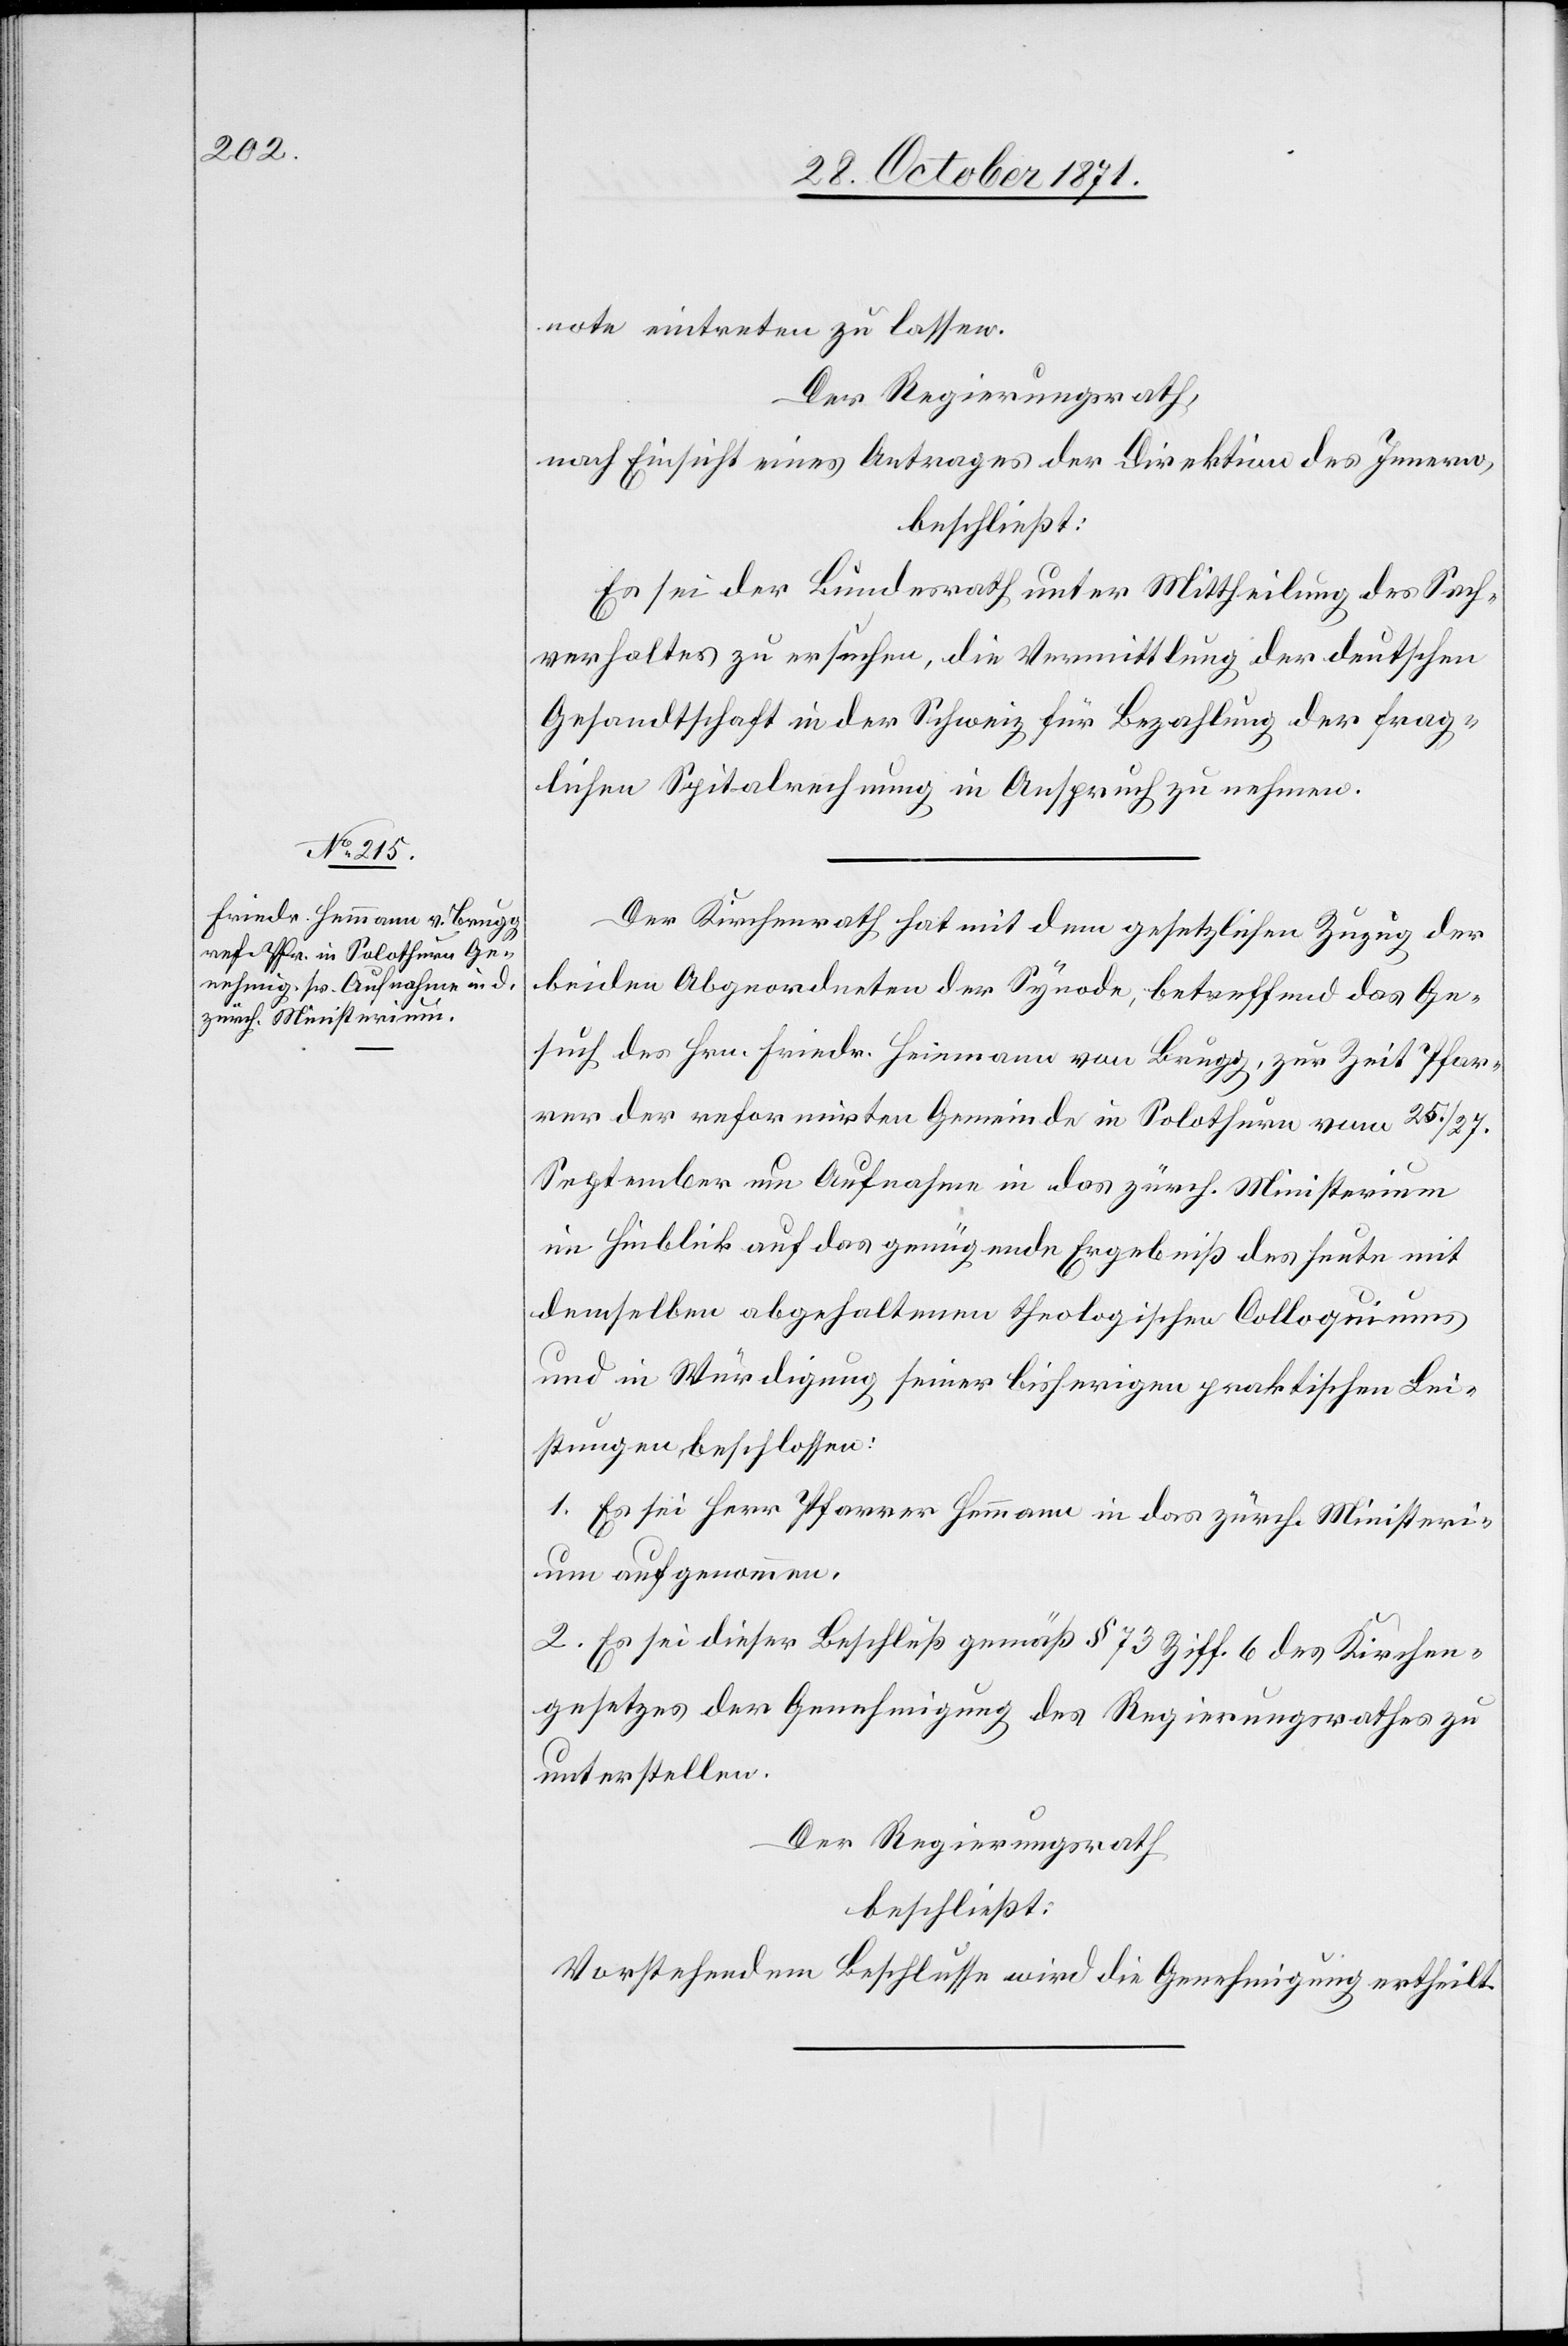
note eintreten zu lassen.
Der Regierungsrath,
nach Einsicht eines Antrages der Direktion des Innern,
beschließt:
Es sei der Bundesrath unter Mittheilung des Sach¬
verhaltes zu ersuchen, die Vermittlung der deutschen
Gesandtschaft in der Schweiz für Bezahlung der frag¬
lichen Spitalrechnung in Anspruch zu nehmen.
Der Kirchenrath hat mit dem gesetzlichen Zuzug der
beiden Abgeordneten der Synode, betreffend das Ge¬
such des Hrn. Fried. Heinmann [sic!] von Brugg, zur Zeit Pfar¬
rer der reformirten Gemeinde in Solothurn vom 25./27.
September um Aufnahme in das zürch. Ministerium
im Hinblick auf das genügende Ergebniß des heute mit
demselben abgehaltenen theologischen Colloquiums
und in Würdigung seiner bisherigen praktischen Lei¬
stungen beschlossen:
1. Es sei Herr Pfarrer Hemmann in das zürch. Ministeri¬
um aufgenommen.
2. Es sei dieser Beschluß gemäß § 73 Ziff. 6 des Kirchen¬
gesetzes der Genehmigung des Regierungsrathes zu
unterstellen.
Der Regierungsrath
beschließt:
Vorstehendem Beschlusse wird die Genehmigung ertheilt.